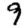
Digit: 9